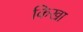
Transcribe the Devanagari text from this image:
किखा